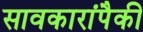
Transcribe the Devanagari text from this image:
सावकारांपैकी